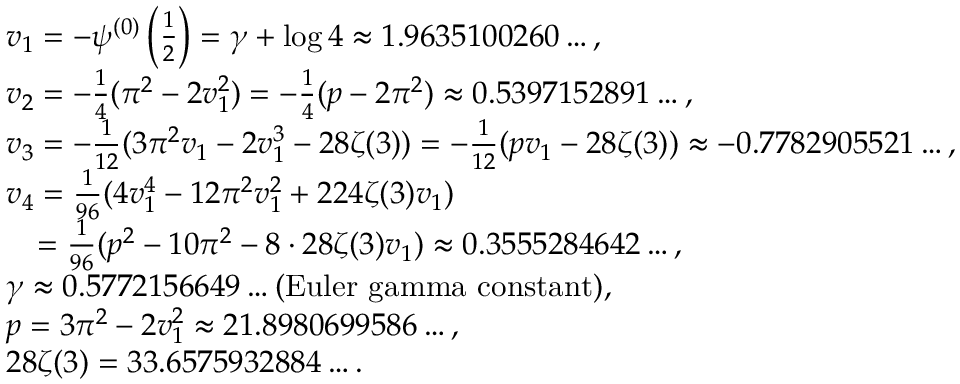
\begin{array} { r l } & { v _ { 1 } = - \psi ^ { ( 0 ) } \left( \frac 1 2 \right) = \gamma + \log 4 \approx 1 . 9 6 3 5 1 0 0 2 6 0 \dots , } \\ & { v _ { 2 } = - \frac 1 4 ( \pi ^ { 2 } - 2 v _ { 1 } ^ { 2 } ) = - \frac 1 4 ( p - 2 \pi ^ { 2 } ) \approx 0 . 5 3 9 7 1 5 2 8 9 1 \dots , } \\ & { v _ { 3 } = - \frac 1 { 1 2 } ( 3 \pi ^ { 2 } v _ { 1 } - 2 v _ { 1 } ^ { 3 } - 2 8 \zeta ( 3 ) ) = - \frac 1 { 1 2 } ( p v _ { 1 } - 2 8 \zeta ( 3 ) ) \approx - 0 . 7 7 8 2 9 0 5 5 2 1 \dots , } \\ & { v _ { 4 } = \frac 1 { 9 6 } ( 4 v _ { 1 } ^ { 4 } - 1 2 \pi ^ { 2 } v _ { 1 } ^ { 2 } + 2 2 4 \zeta ( 3 ) v _ { 1 } ) } \\ & { \quad = \frac 1 { 9 6 } ( p ^ { 2 } - 1 0 \pi ^ { 2 } - 8 \cdot 2 8 \zeta ( 3 ) v _ { 1 } ) \approx 0 . 3 5 5 5 2 8 4 6 4 2 \dots , } \\ & { \gamma \approx 0 . 5 7 7 2 1 5 6 6 4 9 \dots \mathrm { ( E u l e r ~ g a m m a ~ c o n s t a n t ) } , } \\ & { p = 3 \pi ^ { 2 } - 2 v _ { 1 } ^ { 2 } \approx 2 1 . 8 9 8 0 6 9 9 5 8 6 \dots , } \\ & { 2 8 \zeta ( 3 ) = 3 3 . 6 5 7 5 9 3 2 8 8 4 \dots . } \end{array}